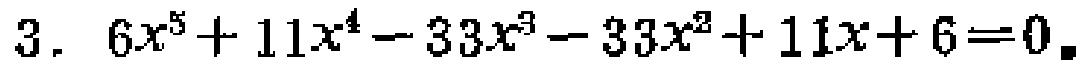
$3. \ 6x^{5}+11x^{4}-33x^{3}-33x^{2}+11x + 6 = 0.$